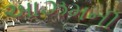
આઝમની